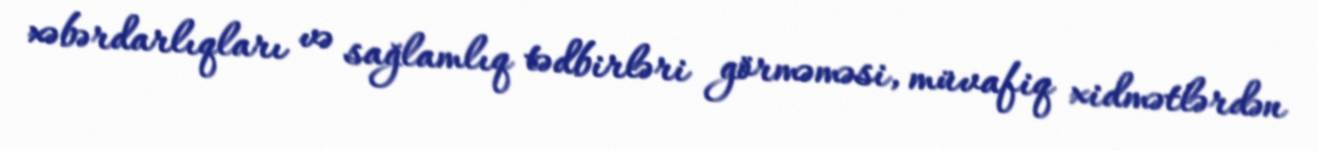
xəbərdarlıqları və sağlamlıq tədbirləri görməməsi, müvafiq xidmətlərdən